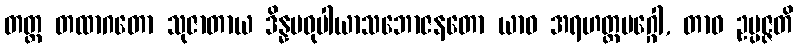
တတ္ထ တထာဂတော သုဇာတာယ ဒိန္နမဓုပါယာသဘောဇနတော ယာဝ အရဟတ္တမဂ္ဂေါ, တာဝ ဥပ္ပဇ္ဇတိ